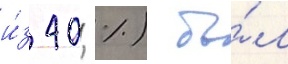
и́з 40 %) бы́л